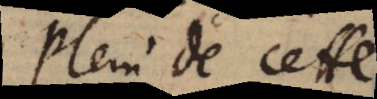
Plein de cette